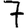
Digit: 7